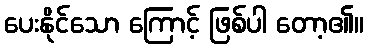
ပေးနိုင်သော ကြောင့် ဖြစ်ပါ တော့၏။